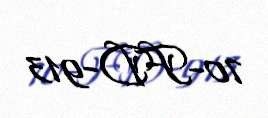
70-FD-913